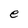
Character: e